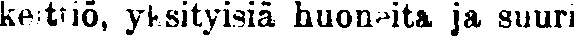
keittiö, yksityisiä huoneita, ja suuri